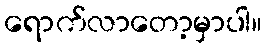
ရောက်လာတော့မှာပါ။